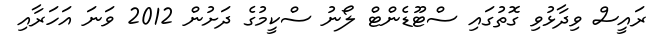
ރައީސް ވިދާޅުވި ގޮތުގައި ސްޓޫޑެންޓް ލޯނު ސްކީމުގެ ދަށުން 2012 ވަނަ އަހަރާއި